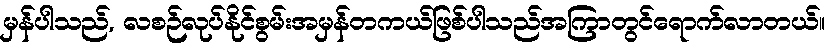
မှန်ပါသည်, လစဉ်လုပ်နိုင်စွမ်းအမှန်တကယ်ဖြစ်ပါသည်အကြာတွင်ရောက်လာတယ်။